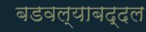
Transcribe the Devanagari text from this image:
बडवल्याबद्दल